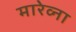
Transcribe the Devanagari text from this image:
मारेव्ना